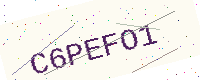
Text: C6PEFO1